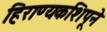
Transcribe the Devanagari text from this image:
हिराण्यकशिपूने